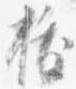
抜